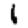
Digit: 1